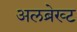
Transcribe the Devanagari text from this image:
अलब्रेख्ट